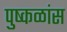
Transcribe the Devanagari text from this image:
पुष्कळांस